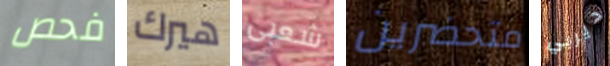
فحص هيرك شعبى متحضرين ديربي